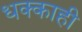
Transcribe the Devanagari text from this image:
धक्काही